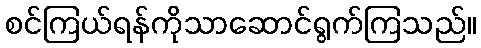
စင်ကြယ်ရန်ကိုသာဆောင်ရွက်ကြသည်။